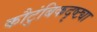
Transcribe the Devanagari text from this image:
कौटुंबिकदृष्ट्या